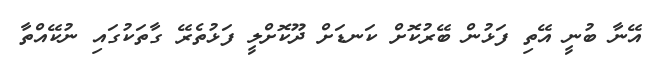
އޭނާ ބުނީ އޭތި ފަޅުން ބޭރުކޮށް ކަނޑަށް ދޫކޮށްލީ ފަޅުތެރޭ ގާތަކުގައި ނުކޭއްތާ